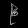
Digit: ၉